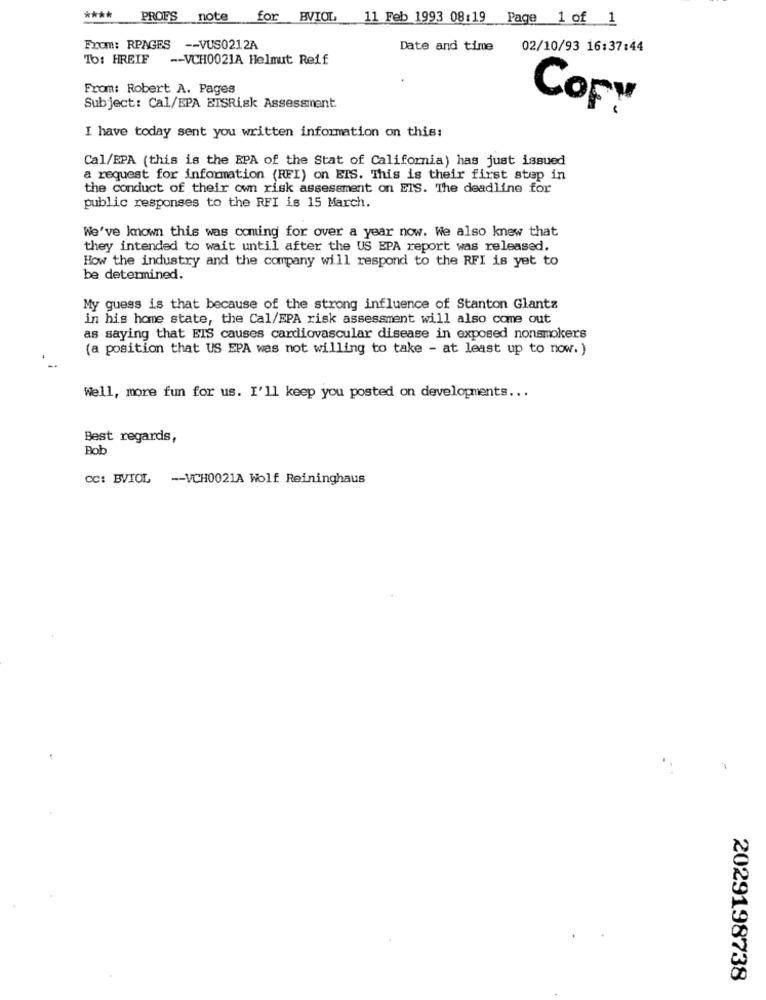
****
PROFS note for BVIOL 11 Feb 1993 08:19 Page 1 of 1
From: RPAGES -- VUS0212A
Date and time
02/10/93 16:37:44
To: HREIF -- VCH0021A Helmut Reif
From: Robert A. Pages
Subject: Cal/EPA BISRisk Assessment
Copy
I have today sent you written information on this:
Cal/EPA (this is the EPA of the Stat of California) has just issued
a request for information (RFI) on EIS. This is their first step in
the conduct of their own risk assessment on EIS. The deadline for
public responses to the RFI is 15 March.
We've known this was coming for over a year now. We also knew that
they intended to wait until after the US BPA report was released.
How the industry and the company will respond to the RFI is yet to
be determined.
My guess is that because of the strong influence of Stanton Glantz
in his home state, the Cal/EPA risk assessment will also come out
as saying that EIS causes cardiovascular disease in exposed nonsmokers
(a position that US EPA was not willing to take - at least up to now.)
Well, more fun for us. I'll keep you posted on developments ...
Best regards,
Bob
CC: BVIOL -- VCH0021A Wolf Reininghaus
2029198738